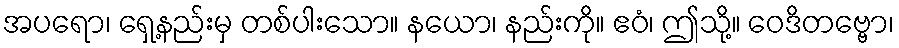
အပရော၊ ရှေ့နည်းမှ တစ်ပါးသော။ နယော၊ နည်းကို။ ဧဝံ၊ ဤသို့။ ဝေဒိတဗ္ဗော၊